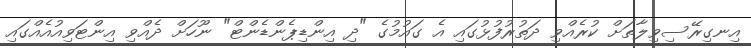
އިނގިރޭސިވިލާތަށް ކުރެއްވި ދަތުރުފުޅުގައި އެ ގައުމުގެ "ދި އިންޑިޕެންޑެންޓް" ނޫހަށް ދެއްވި އިންޓަވިއުއެއްގައި